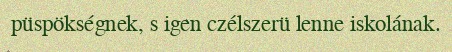
püspökségnek, s igen czélszerü lenne iskolának.